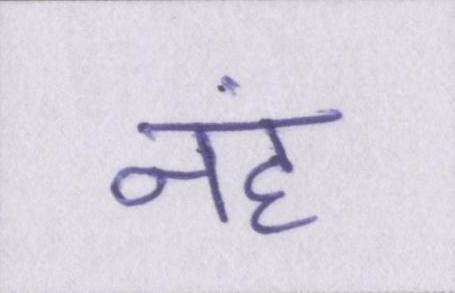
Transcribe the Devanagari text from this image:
नहं